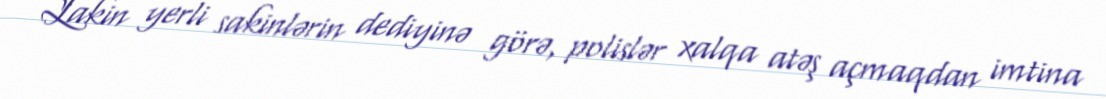
Lakin yerli sakinlərin dediyinə görə, polislər xalqa atəş açmaqdan imtina